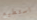
استطيع